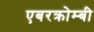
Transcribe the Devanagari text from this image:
एबरक्रोम्बी